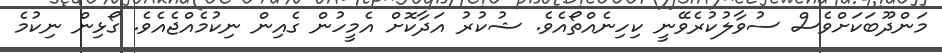
މަންދޫބަކަށްވެސް ސުވާލުކުރެވޭނީ ކިހިނެއްތޯއެވެ. ޝުކުރު އަދާކޮށް އެމީހުން ގެއިން ނިކުމެއްޖެއެވެ. ގޯޅިން ނިކުމެ